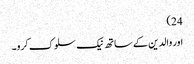
24)
اور والدین کے ساتھ نیک سلوک کرو۔